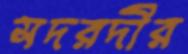
সদরদীর